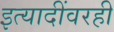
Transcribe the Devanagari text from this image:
इत्यादींवरही